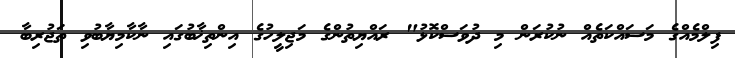
ފިލްމެއްގެ މަސައްކަތެއް ނުކުރަން މި ދުވަސްކޮޅު" ރައްޔިތުންގެ މަޖިލީހުގެ އިންތިޚާބުގައި ނާކާމިޔާބުވި ތަޖުރިބާ